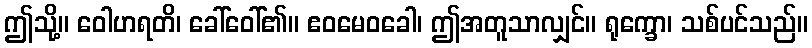
ဤသို့။ ဝေါဟရတိ၊ ခေါ်ဝေါ်၏။ ဧဝမေဝခေါ၊ ဤအတူသာလျှင်။ ရုက္ခော၊ သစ်ပင်သည်။